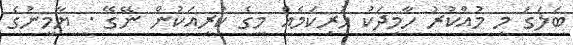
ބަލަގަ މި މުއްކުރު ހާމިދަކު ހުރިކަމެއް މީގެ ކުރިއަކުން ނޭގޭ . ޔާމީނުގެ